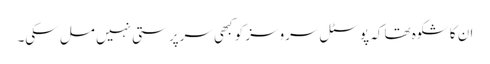
ان کا شکوہ تھا کہ پوسٹل سروسز کو کبھی سرپرستی نہیں مل سکی۔